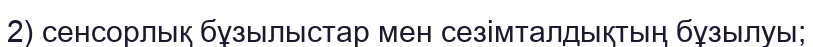
2) сенсорлық бұзылыстар мен сезімталдықтың бұзылуы;